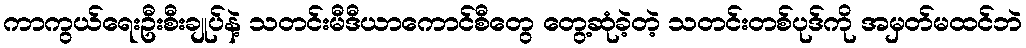
ကာကွယ်ရေးဦးစီးချုပ်နဲ့ သတင်းမီဒီယာကောင်စီတွေ တွေ့ဆုံခဲ့တဲ့ သတင်းတစ်ပုဒ်ကို အမှတ်မထင်ဘဲ